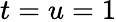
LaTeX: t=u=1